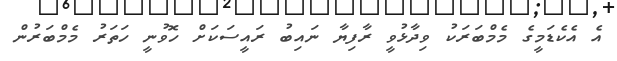
އެ އެކެޑަމީގެ މެމްބަރަކު ވިދާޅުވީ ރާފިޔާ ނައިބު ރައީސަކަށް ހޮވުނީ ހަތަރު މެމްބަރުން